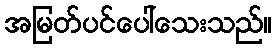
အမြတ်ပင်ပေါ်သေးသည်။